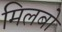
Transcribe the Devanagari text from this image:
मिलबो